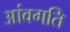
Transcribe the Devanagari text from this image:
आंवगति